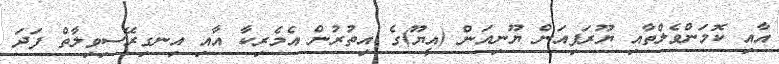
އާއި ކޮމަންވެލްތާއި ޔޫރަޕިއަން ޔޫނިއަން (އީޔޫ)ގެ އިތުރުން އެމެރިކާ އާއި އިނގިރޭސިވިލާތް ފަދަ